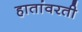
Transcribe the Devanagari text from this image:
हातांवरती